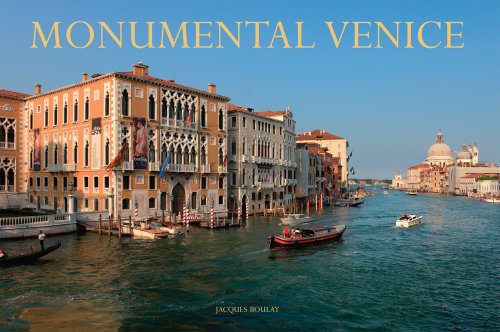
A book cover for Monumental Venice; Jean-Philippe Follet; History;